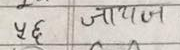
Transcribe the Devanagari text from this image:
५६ जायज